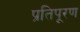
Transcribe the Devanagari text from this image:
प्रतिपूरण